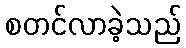
စတင်လာခဲ့သည်